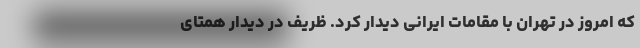
که امروز در تهران با مقامات ایرانی دیدار کرد. ظریف در دیدار همتای